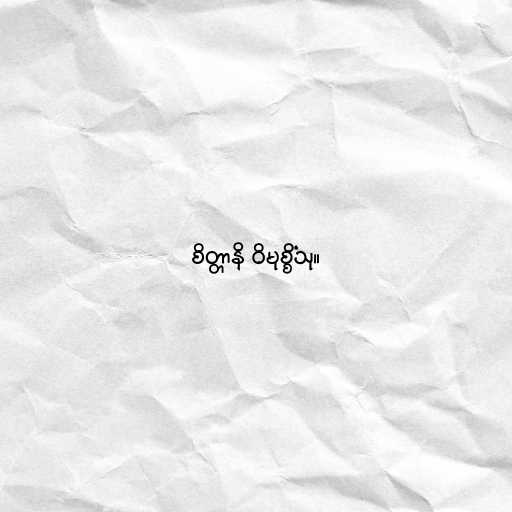
စိတ္တာနိ ဝိမုစ္စိံသု။